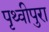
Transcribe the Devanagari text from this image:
पृथ्वीपुरा